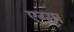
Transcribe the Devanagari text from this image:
एग्मा